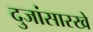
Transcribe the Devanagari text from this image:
दुजांसारखे